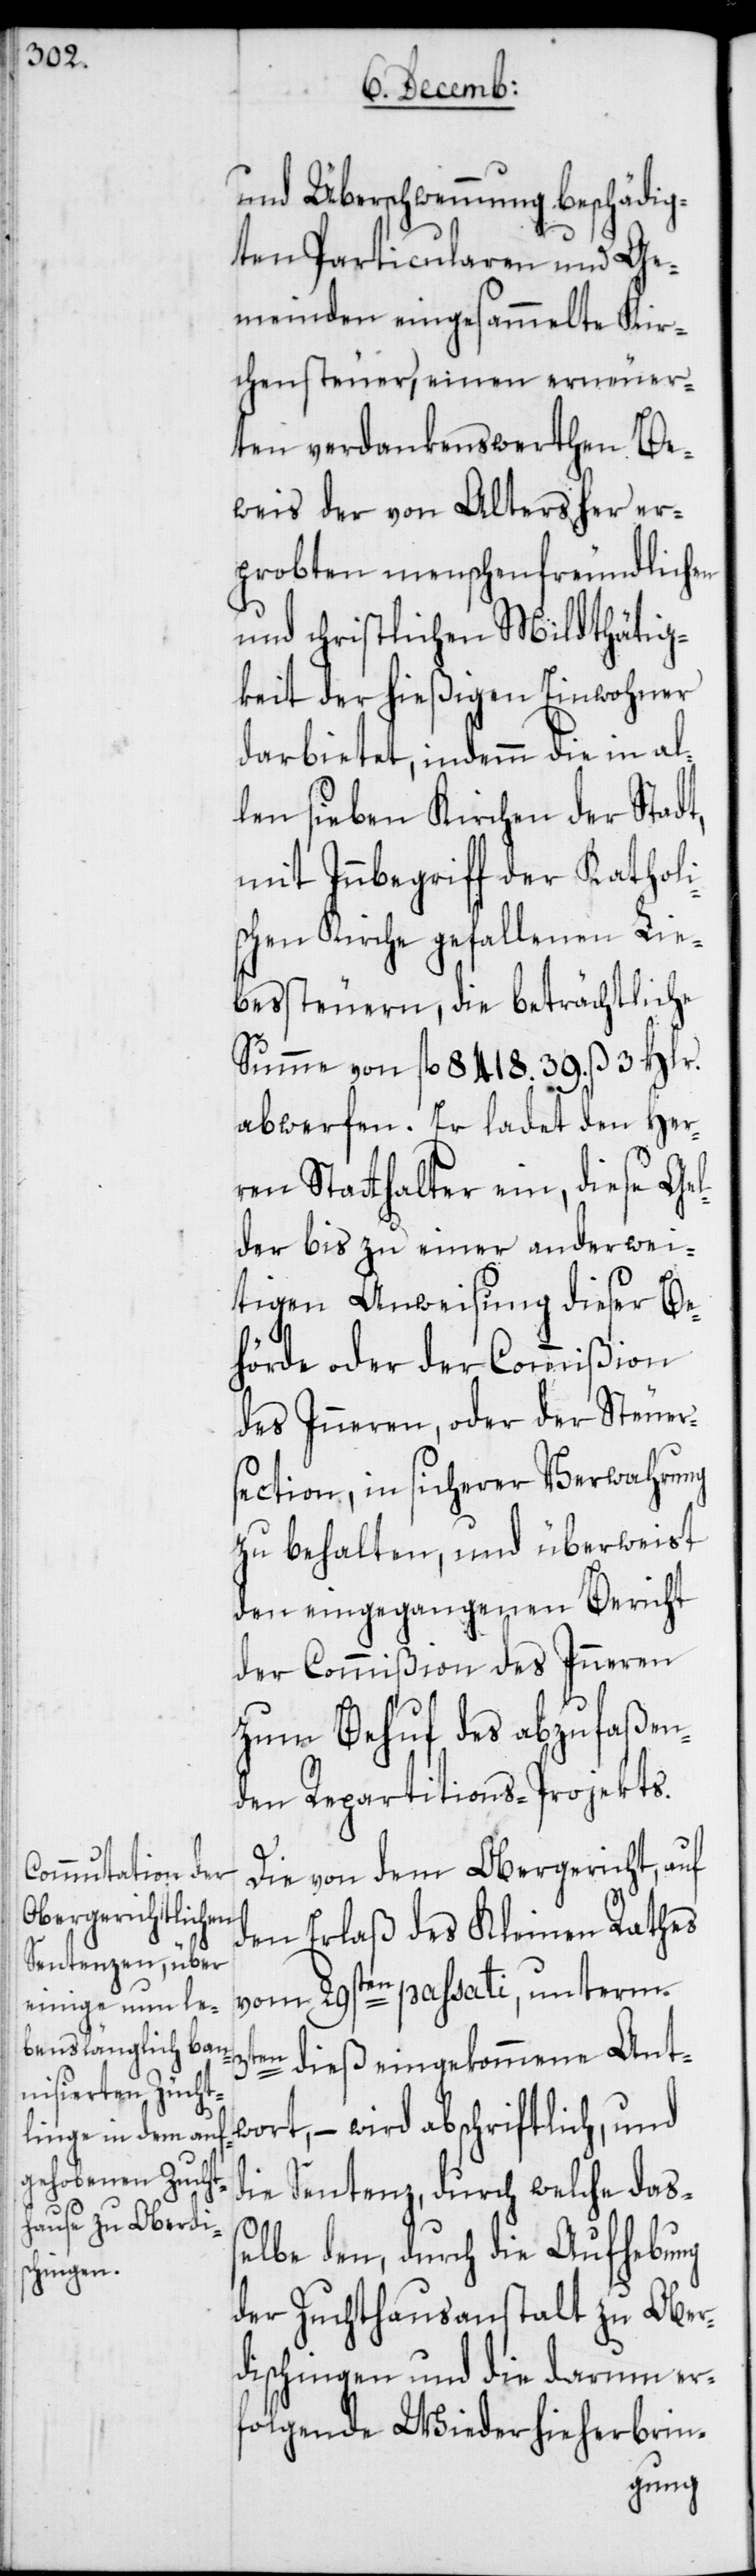
und Überschwemmung beschädig¬
ten Particularen und Ge¬
meinden eingesammelte Kir¬
chensteuer, einen erneuer¬
ten verdankenswerthen Be¬
weis der von Alters her er¬
probten menschenfreundlichen
und christlichen Mildthätig¬
keit der hießigen Einwohner
darbietet, indemm die in al¬
len sieben Kirchen der Stadt,
mit Innbegriff der Katholi¬
schen Kirche gefallenen Lie¬
bessteuern, die beträchtliche
Summe von fl. 8418. 39. ß 3 Hlr.
abwerfen. Er ladet den Her¬
ren Statthalter ein, diese Gel¬
der bis zu einer anderwei¬
tigen Anweisung dieser Be¬
hörde oder der Commißion
des Inneren, oder der Steuer¬
section, in sicherer Verwahrung
zu behalten, und überweist
den eingangenen Bericht
der Commißion des Inneren
zum Behuf des abzufaßen¬
den Repartitions-Projekts.
Die von dem Obergericht, auf
den Erlaß des Kleinen Rathes
vom 29sten passati, unterm
dieß eingekommene Ant¬
wort, – wird abschriftlich, und
die Sentenz, durch welche dass¬
elbe den, durch die Aufhebung
der Zuchthausanstalt zu Ober¬
dischingen und die darum er¬
folgende Wiederhieherbrin-